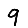
Digit: 9